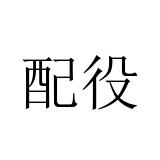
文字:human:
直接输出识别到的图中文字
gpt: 配役